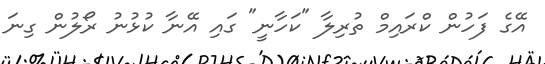
އޭގެ ފަހުން ކްރައިމް ތުރިލާ "ކަހާނީ" ގައި އޭނާ ކުޅުނު ރޯލުން ގިނަ